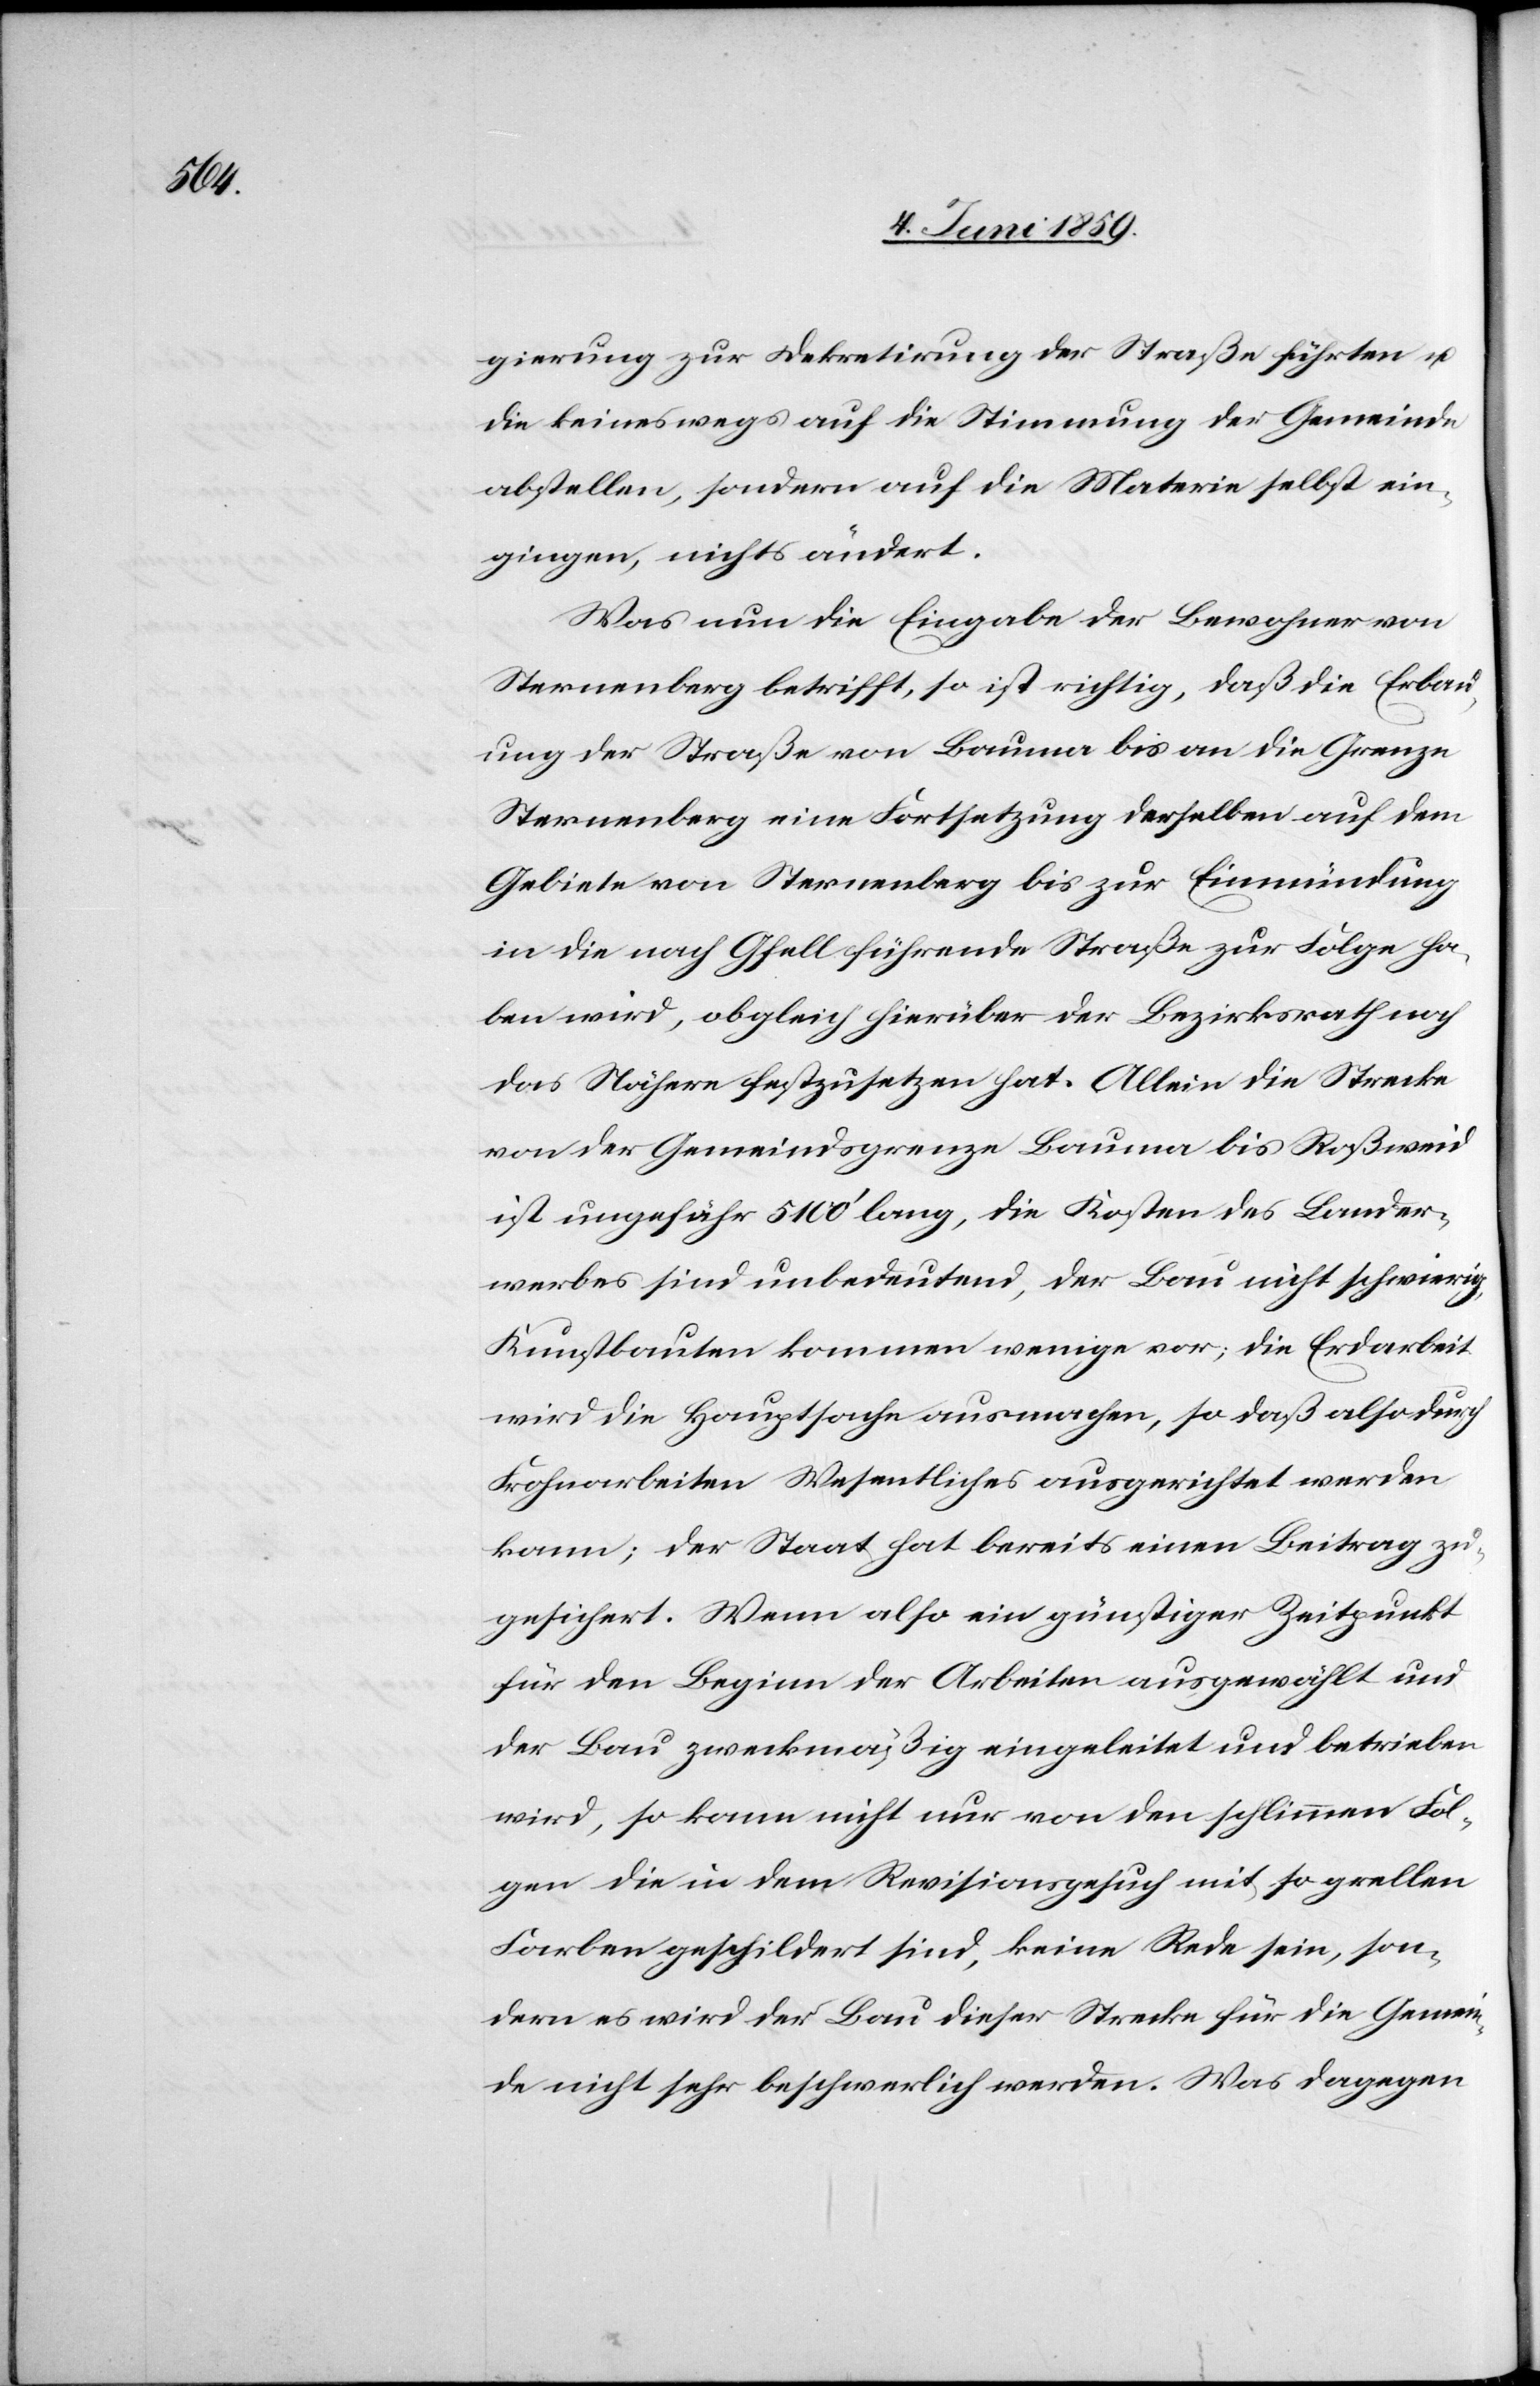
gierung zur Dekretirung der Straße führten u.
die keineswegs auf die Stimmung der Gemeinde
abstellen, sondern auf die Materie selbst ein¬
gingen, nichts ändert.
Was nun die Eingabe der Bewohner von
Sternenberg betrifft, so ist richtig, daß die Erbau¬
ung der Straße von Bauma bis an die Grenze
Sternenberg eine Fortsetzung derselben auf dem
Gebiete von Sternenberg bis zu Einmündung
in die nach Gfell führende Straße zur Folge ha¬
ben wird, obgleich hierüber der Bezirksrath noch
das Nähere festzusetzen hat. Allein die Strecke
von der Gemeindsgrenze Bauma bis Roßweid
ist ungefähr 5100‘ lang, die Kosten des Lander¬
werbes sind unbedeutend, der Bau nicht schwierig,
Kunstbauten kommen wenige vor; die Erdarbeit
wird die Hauptsache ausmachen, so daß also durch
Frohnarbeiten Wesentliches ausgerichtet werden
kann; der Staat hat bereits einen Beitrag zu¬
gesichert. Wenn also ein günstiger Zeitpunkt
für den Beginn der Arbeiten ausgewählt und
der Bau zweckmäßig eingeleitet und betrieben
wird, so kann nicht nur von den schlimmen Fol¬
gen die in dem Revisionsgesuch mit so grellen
Farben geschildert sind, keine Rede sein, son¬
dern es wird der Bau dieser Strecke für die Gemein¬
de nicht sehr beschwerlich werden. Was dagegen